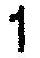
1